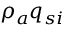
\rho _ { a } q _ { s i }